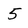
Character: 5